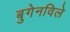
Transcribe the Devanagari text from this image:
बुगेनविले